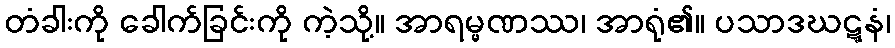
တံခါးကို ခေါက်ခြင်းကို ကဲ့သို့။ အာရမ္မဏဿ၊ အာရုံ၏။ ပသာဒဃဋ္ဋနံ၊